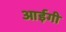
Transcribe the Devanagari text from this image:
आईगी